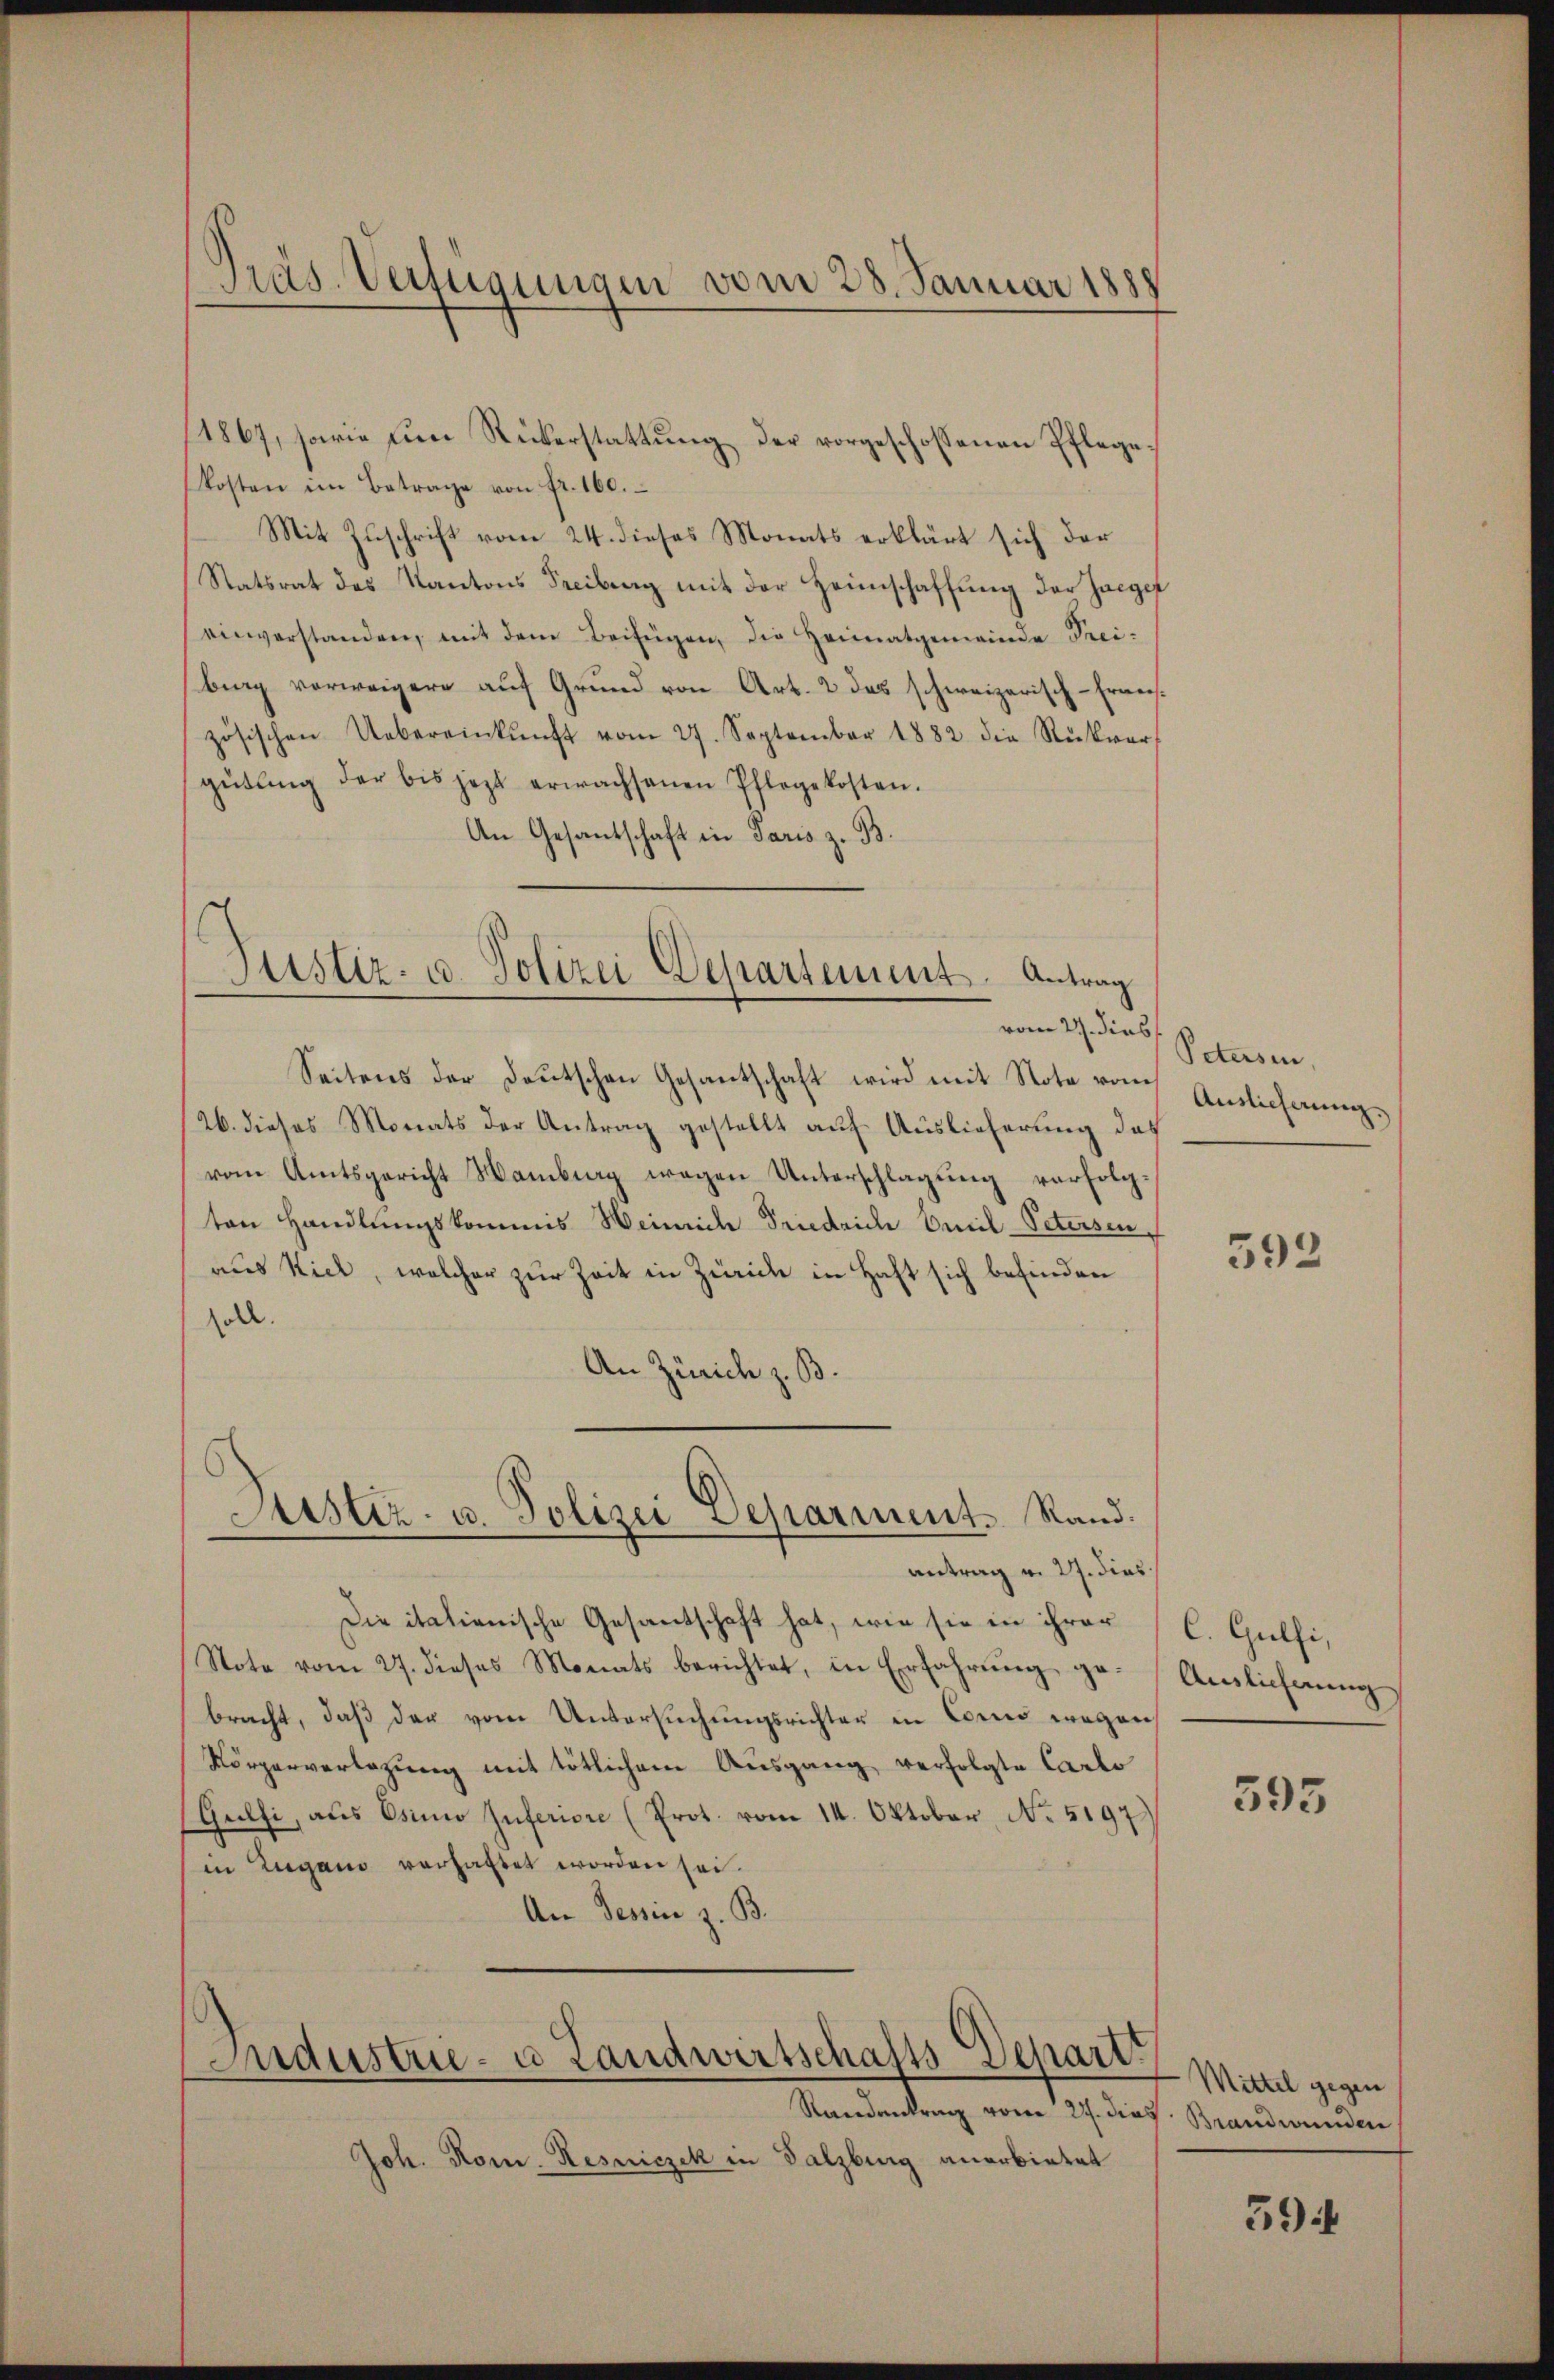
Präs. Verfügungen vom 28. Januar 1888

(1867, sowie ŭm Rükerstattŭng der vorgeschossenen Pflegekosten im Betrage von fr. 160.
Mit Zuschrift vom 24. dieses Monats erklärt sich der
Statsrat des Kantons Freiberg mit der Heimschaffung der haeger
einverstanden, mit dem Beifügen, die Heimatgemeinde Prei-
big vorweigere auf Grund von Art. 2 das schweizerisch-Erweiszösischen Uebereinkunft vom 27. September 1882 die Rückver
gütling der bis jetzt erwachsenen Pflegekosten.
An Gesantschaft in Paris z. B.

Justiz- u. Polizei Departement. Antrag
vom 27. dies

Seitens der Deutschen Gesantschaft wird mit Note von Auslicherung
26. dieses Monats der Antrag gestellt auf Auslieferung das
vom Amtsgericht Hamburg wegen Unterschlagung verfolgton Handlungskommis Weinrich Friedrich Omil-Petersen
aus Kiel, welcher zur Zeit in Zürich in Haft sich befinden
soll.
An Zürich z. B.

Justiz- u. Polizei Deparient. Rand.

Maustrie- u Landwirtschafts-Depart

Randantrag vom 27. dies. Brandwunden
Joh. Rom. Resniczek in Salzburg anerbietet

antrag v. 27. dies
Die italienische Gesantschaft hat, wie sie in ihrer
Note vom 27. dieses Monats berichtet, in Erfahrŭng ge-
bracht, daß der vom Untersuchungsrichter in Cors wegen
Körperverlegung mit tötlichem Ausgang verfolgte Carto
(Glfi, aus Osinio Inferiore (Prot. vom 14. Oktober, No. 5197)
in Lugano verhaftet worden sei.
An Tessin z. B.

Petusen,

592

C. Gulfi,
Auslieferung

595

Mittel gegen

39ff